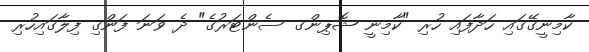
ކާމިނީގޭގައި ހަދާފައި ހުރި "ކާމިނީ ޝޮޕިންގ ސެންޓަރުގެ" ދެ ވަނަ ފަންގި ފިލާގައިހުރި